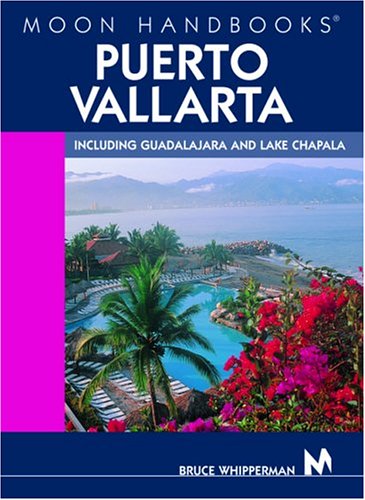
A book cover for Moon Handbooks Puerto Vallarta: Including Guadalajara and Lake Chapala; Bruce Whipperman; Travel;